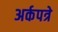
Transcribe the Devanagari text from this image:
अर्कपत्रे